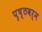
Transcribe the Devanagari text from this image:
पृष्ठवर्म